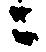
ニ